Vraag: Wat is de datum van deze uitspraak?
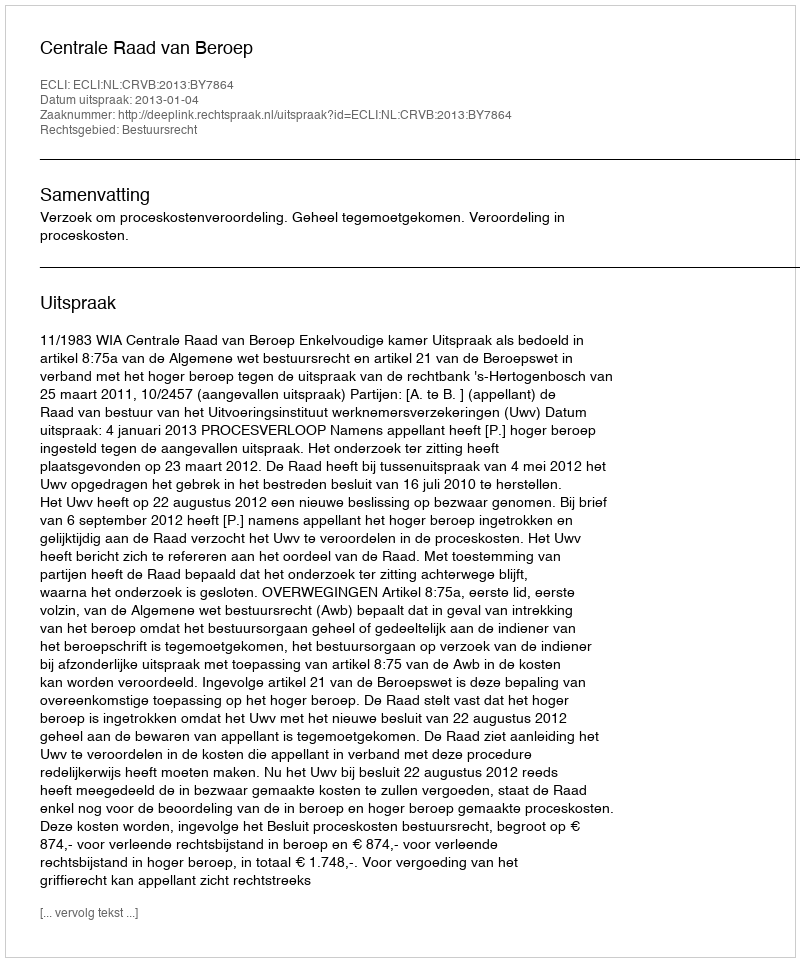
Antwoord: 2013-01-04